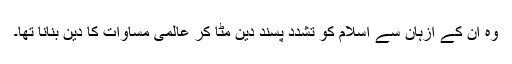
وہ ان کے ازہان سے اسلام کو تشدد پسند دین مٹا کر عالمی مساوات کا دین بنانا تھا۔